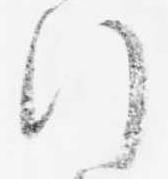
行